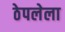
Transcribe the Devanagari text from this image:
ठेपलेला